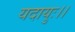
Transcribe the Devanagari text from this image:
यदायुः।।